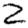
Digit: 2